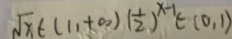
\sqrt { x - 1 } \in ( 1 1 + \infty ) ( \frac { 1 } { 2 } ) ^ { x - 1 } \in ( 0 , 1 )